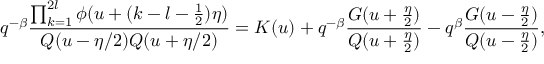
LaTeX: q ^ { - \beta } \frac { \prod _ { k = 1 } ^ { 2 l } \phi ( u + ( k - l - \frac 1 2 ) \eta ) } { Q ( u - \eta / 2 ) Q ( u + \eta / 2 ) } = K ( u ) + q ^ { - \beta } \frac { G ( u + \frac { \eta } { 2 } ) } { Q ( u + \frac { \eta } { 2 } ) } - q ^ { \beta } \frac { G ( u - \frac { \eta } { 2 } ) } { Q ( u - \frac { \eta } { 2 } ) } ,